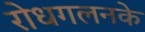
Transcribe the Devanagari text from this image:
रोधगलनके